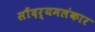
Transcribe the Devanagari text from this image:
सौंदर्यमलंकार